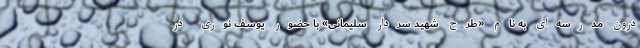
درون مدرسه‌ای به نام «طرح شهید سردار سلیمانی» با حضور یوسف نوری در